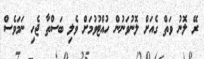
ރޭ ލޮނު ވަތް ގެއަށް ލޮނުވަނުން ހުއްޓުވުމަށް ވެލި ބަސްތާ ޖެހި ނަމަވެސް